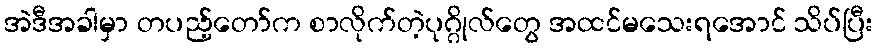
အဲဒီအခါမှာ တပည့်တော်က စာလိုက်တဲ့ပုဂ္ဂိုလ်တွေ အထင်မသေးရအောင် သိပ်ပြီး